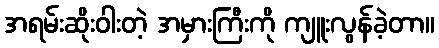
အရမ်းဆိုးဝါးတဲ့ အမှားကြီးကို ကျူးလွန်ခဲ့တာ။